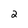
Character: 2